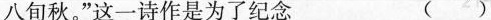
八旬秋。”这一诗作是为了纪念 ()